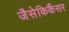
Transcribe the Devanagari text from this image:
जैसेकिकैंसर